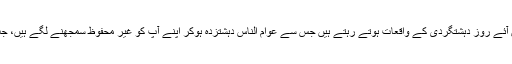
اس موقع پر مقررین نے تقاریر کرتے ہوئے کہا کہ پنجاب میں آئے روز دہشتگردی کے واقعات ہوتے رہتے ہیں جس سے عوام الناس دہشتزدہ ہوکر اپنے آپ کو غیر محفوظ سمجھنے لگے ہیں، جب صرتحال ایسی ہوجائے تو ریاست ناکام تصور کی جاتی ہے۔